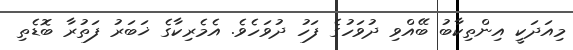
މިއަދަކީ އިންތިކާބު ބޭއްވި ދުވަހުގެ ފަހު ދުވަހެވެ. އެމެރިކާގެ ޚަބަރު ފަތުރާ ބޮޑެތި